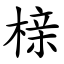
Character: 榇